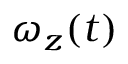
\omega _ { z } ( t )